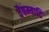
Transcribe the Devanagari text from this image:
वैषम्यादि